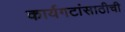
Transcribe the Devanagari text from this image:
कार्यगटांसाठीची